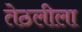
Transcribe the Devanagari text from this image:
तेठलीला